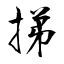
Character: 挮